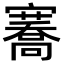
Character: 𭔣